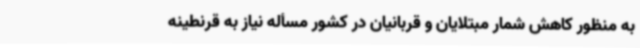
به منظور کاهش شمار مبتلایان و قربانیان در کشور مسأله نیاز به قرنطینه